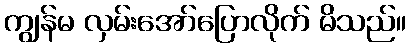
ကျွန်မ လှမ်းအော်ပြောလိုက် မိသည်။